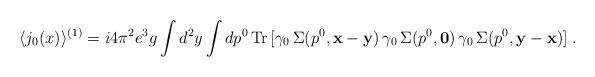
LaTeX: \begin{align*}\langle j_0(x)\rangle^{(1)}=i4\pi^2e^3g\int d^2y\int dp^0\,{\rm Tr}\,[\gamma_0\,\Sigma(p^0,{\bf x}-{\bf y})\,\gamma_0\,\Sigma(p^0,{\bf 0})\,\gamma_0\,\Sigma(p^0,{\bf y}-{\bf x})] \; .\end{align*}